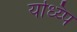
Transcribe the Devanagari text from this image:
यध्य्पि